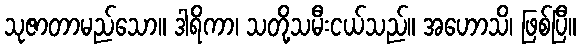
သုဇာတာမည်သော။ ဒါရိကာ၊ သတို့သမီးငယ်သည်။ အဟောသိ၊ ဖြစ်ပြီ။